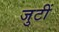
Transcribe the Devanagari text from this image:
जुटीं